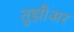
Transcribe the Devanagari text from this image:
तुझीअर